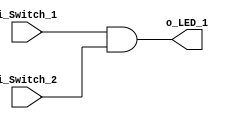
module main
    (
        input i_Switch_1,
        input i_Switch_2,
        output o_LED_1
    );

    assign o_LED_1 = i_Switch_1 & i_Switch_2;

endmodule